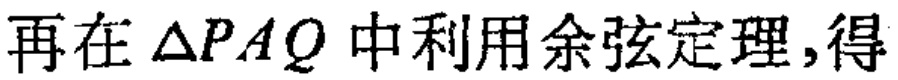
再在\(\triangle PAQ\)中利用余弦定理,得